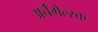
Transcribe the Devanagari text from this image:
अर्चँगेल्स्क